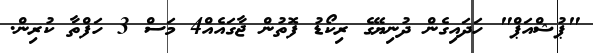
"ޕުޝްއަޕް" ހަދައިގެން ދުނިޔޭގެ ރިކޯޑު ފޮތުން ޖާގައެއް4 މަސް 3 ހަފްތާ ކުރިން.